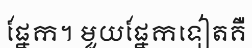
ផ្នែក។ មួយផ្នែកទៀតគឺ